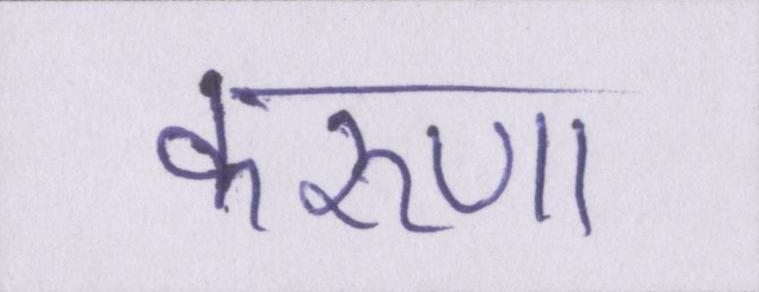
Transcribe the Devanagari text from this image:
करुणा